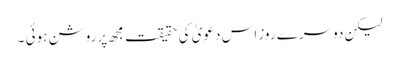
لیکن دوسرے روز اس دعویٰ کی حقیقت مجھ پرروشن ہوئی ۔